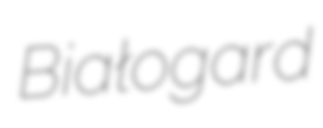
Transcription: Białogard